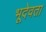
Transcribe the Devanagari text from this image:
भूदेवता